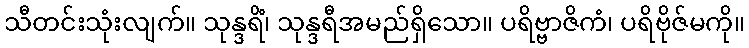
သီတင်းသုံးလျက်။ သုန္ဒရိံ၊ သုန္ဒရီအမည်ရှိသော။ ပရိဗ္ဗာဇိကံ၊ ပရိဗိုဇ်မကို။